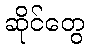
ဆိုင်တွေ